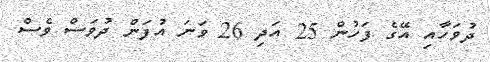
ދުވަހާއި އޭގެ ފަހުން 25 އަދި 26 ވަނަ އުފަން ދުވަސް ވެސް